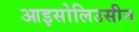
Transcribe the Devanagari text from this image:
आइसोलिउसीन